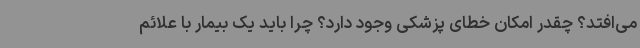
می‌افتد؟ چقدر امکان خطای پزشکی وجود دارد؟ چرا باید یک بیمار با علائم